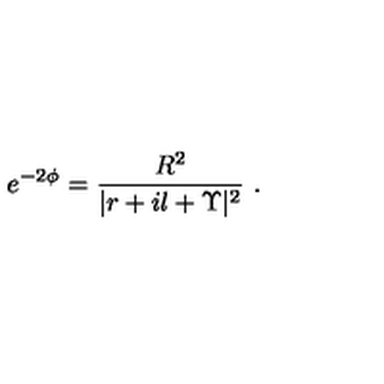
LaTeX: e ^ { - 2 \phi } = \frac { R ^ { 2 } } { | r + i l + \Upsilon | ^ { 2 } } \ .